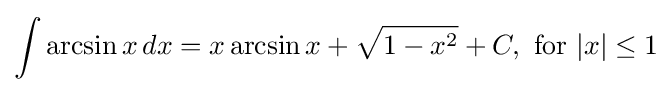
\int \arcsin {x}\,dx=x\arcsin {x}+{\sqrt {1-x^{2}}}+C,{\text{ for }}\vert x\vert \leq 1